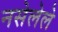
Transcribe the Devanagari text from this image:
नसेलेले